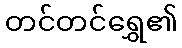
တင်တင်ရွှေ၏